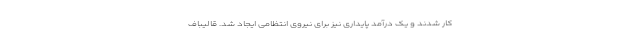
کار شدند و یک درآمد پایداری نیز برای نیروی انتظامی ایجاد شد. قالیباف